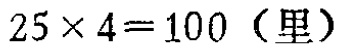
\(25\times 4 = 100\)（里）